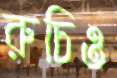
রুচিও